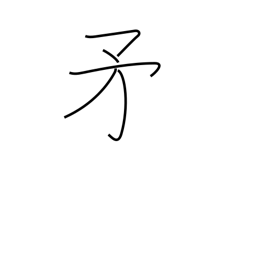
Meaning: halberd